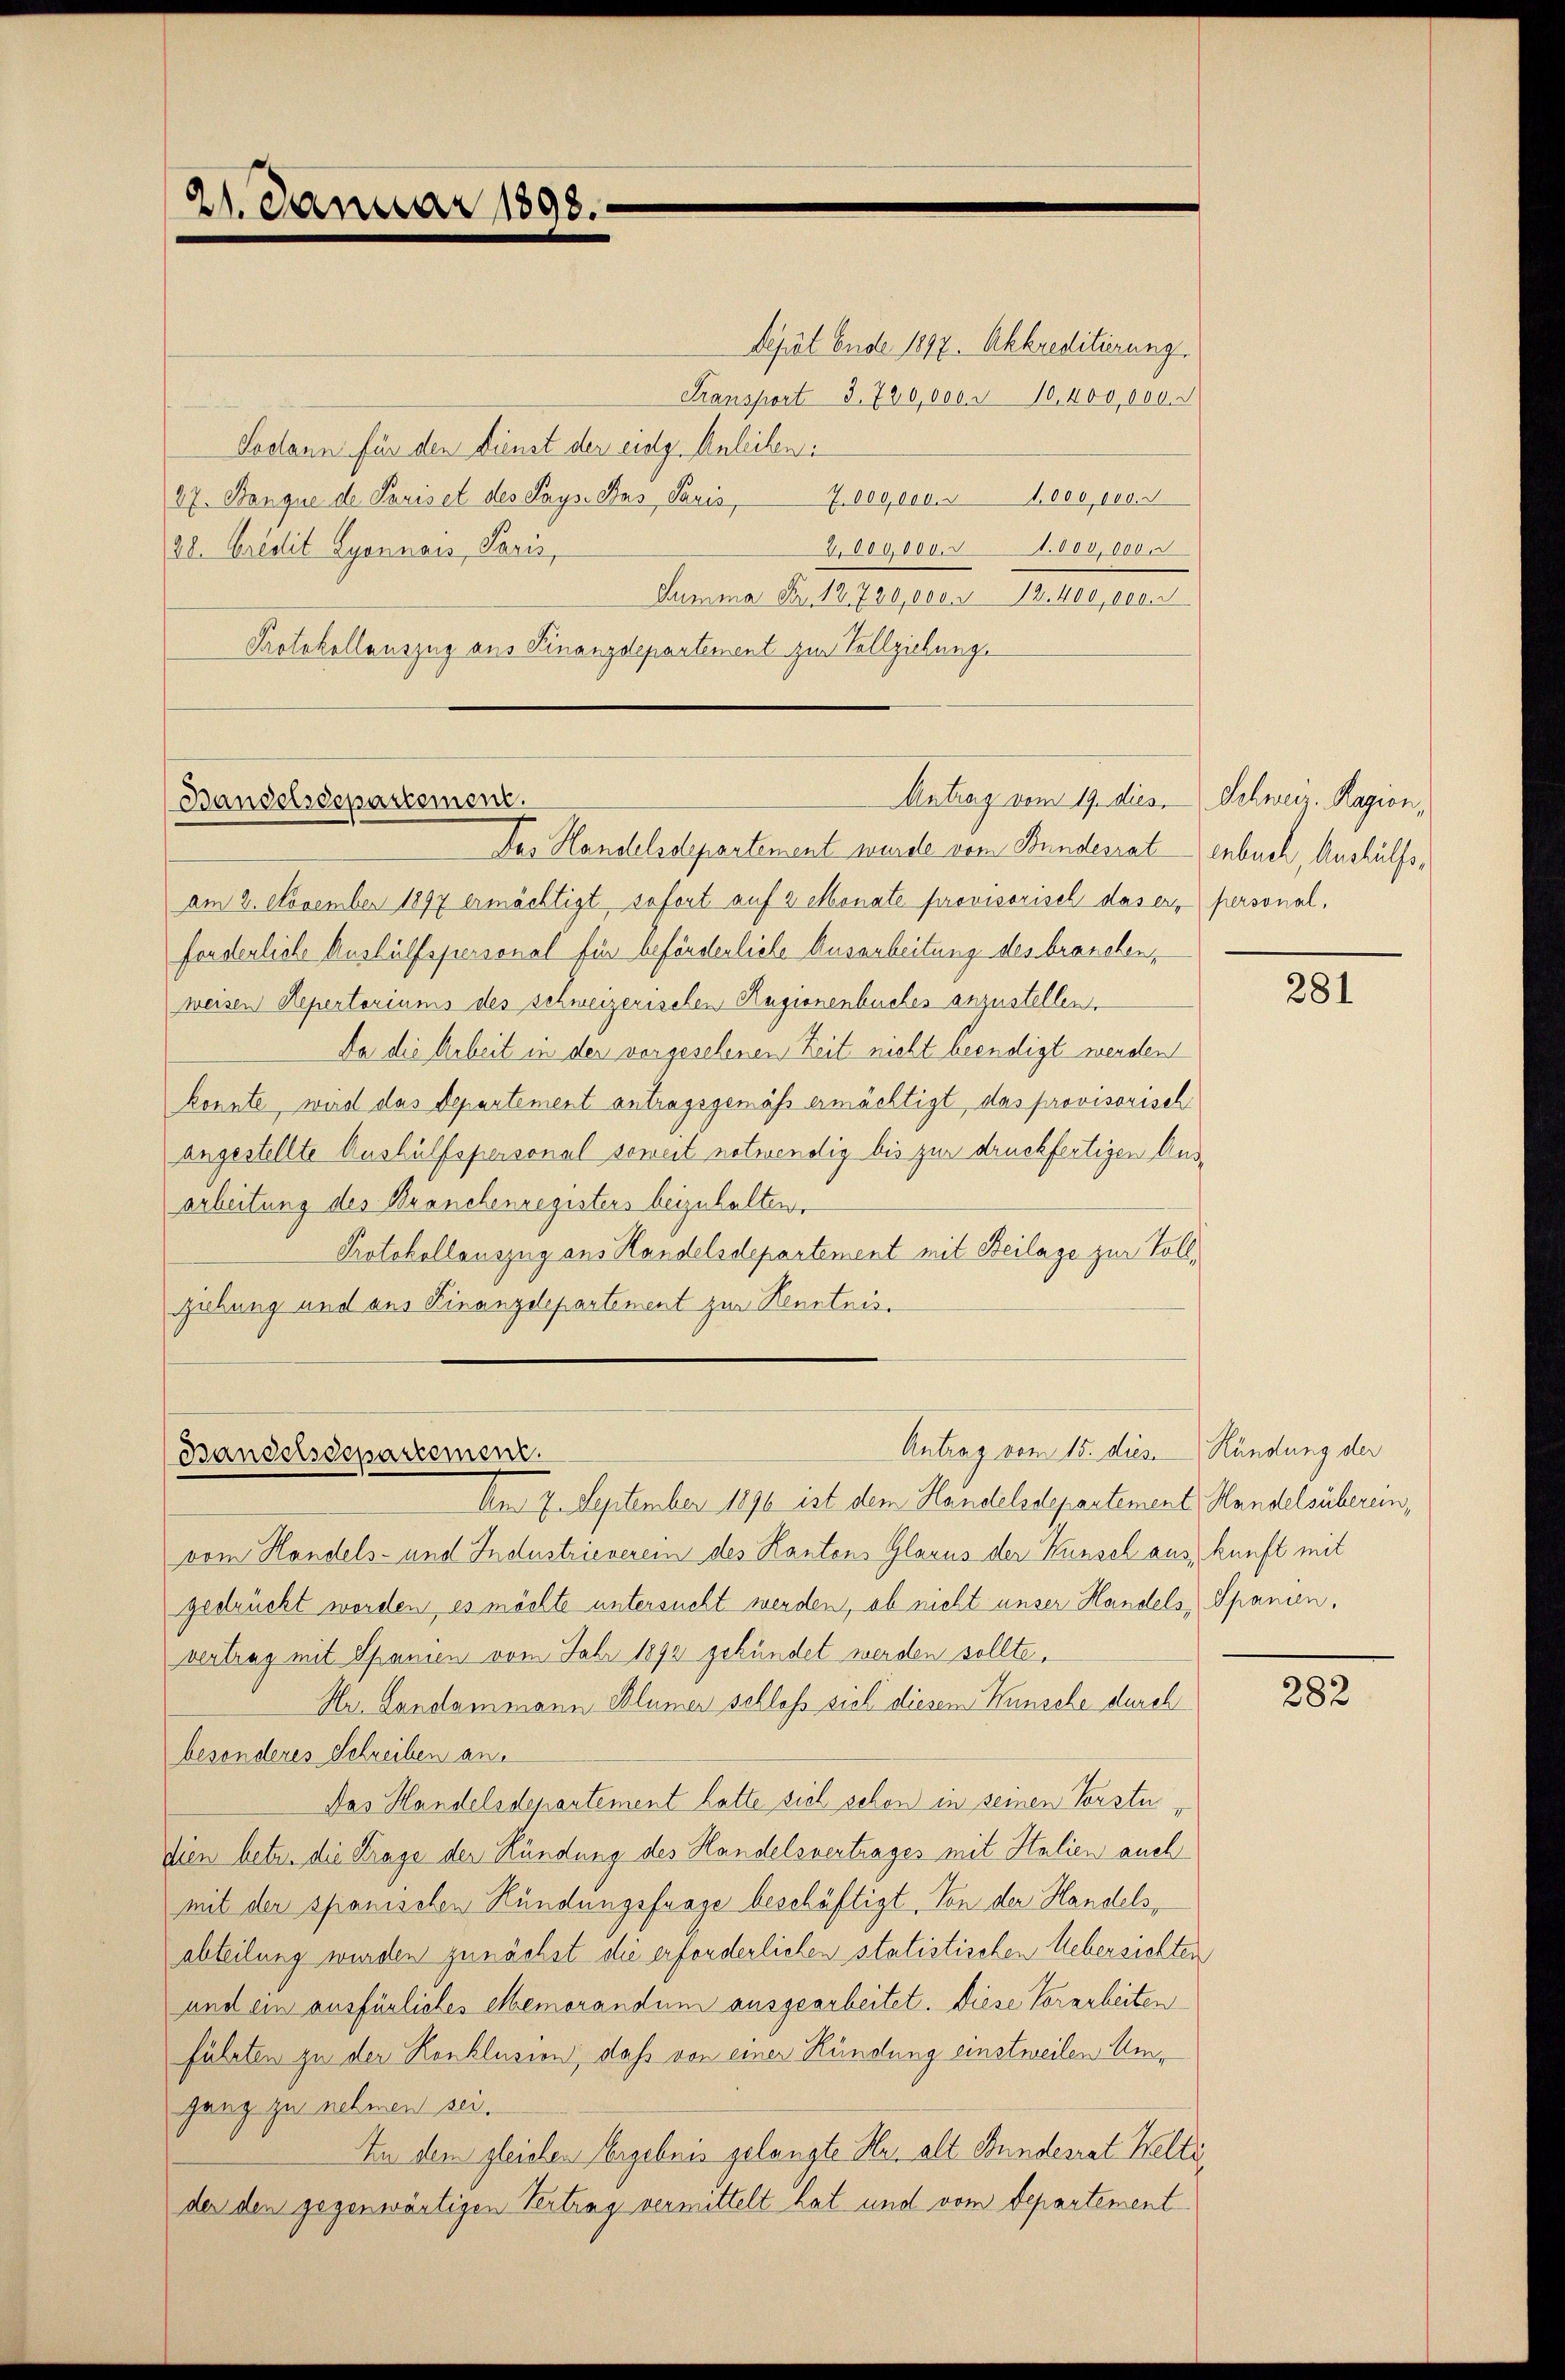
21. Januar 1898.

Sepät Ende 1897. Akkreditierung
Transport 3. 720,000 & 10,400,000.
Sodann für den Dienst der eidg. Anleihen:
37. Banque de Pariset des Says. Das Savis 7 000,000. 41,000,000 F
2,000,000.000,000.
20. Credit Lyonnaus, Paris,
Summa Fr. 12720,000 n 12. 400,000.
Protokollauszug aus Finanzdepartement zur Vollziehung.

Das Handelsdepartement wurde vom Bundesratenbuch, Aushülfsam 2. November 1897 ermächtigt sofort auf 2 Monate provisorisch das er, personal,
forderlich Aushülfspersonal für beförderliche Ausarbeitung des brauchen,
weisen Repertoriums des schweizerischen Ragionenbuches anzustellen.
Da die Arbeit in der vorgesehenen Zeit nicht beendigt werden
konnte, wird das Departement antragsgemäß ermächtigt, das provisorisch
angestellte Aushülfspersonal soweit notwendig bis zur druckfertigen Ausarbeitung des Branchenregisters beizuhalten.
Protokollauszug aus Handelsdepartement mit Beilage zur Vollziehung und aus Finanzdepartement zur Kenntnis.

Antrag vom 19. dies Schweiz. Ragion,
Bandelsdepartement.

Antrag vom 15. dies. Kündung der
Bandelsdepartement.

Am 7. September 1890 ist dem Handelsdepartement Handelsüberein,
vom Handels- und Industrieverein des Kantons Glarus der Kunsch aus, kunft mit
gedrückt worden, es möchte untersucht werden, ab nicht unser Handels, Spanien,
vertrag mit Spanien vom Jahr 1892 gekündet werden sollte.
Hu. Landammann Blümer schloß viel diesem Wunsche durch
besonderes Schreiben an.
Das Handelsdepartement hatte viel schon in seinen Vorste
dien betr. die Frage der Kündung des Handelsvertrages mit Italien auch
mit der spanischen Kündungsfrage beschäftigt. Von der Handels,
abteilung wurden zunächst die erforderlichen statistischen Uebersichten
und ein ausfürliches Memorandum ausgearbeitet. Diese Vorarbeiten
führten zu der Konklusion, daß von einer Kündung einstweilen Umganz zu nehmen sei.
In dem gleichen Vergebnis gelangte Her alt Bundesrat Welti
der den gegenwärtigen Vertrag vermittelt hat und vom Departement

281

282